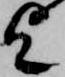
乞